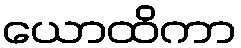
ယောထိကာ